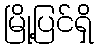
မြို့ပြင်ရှိ